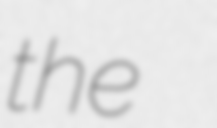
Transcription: the